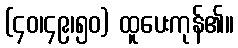
(၄၀၊၄၉၊၅၀) ထူပေးကုန်၏။